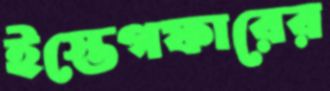
ইস্তেগফারের